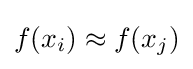
f(x_{i})\approx f(x_{j})